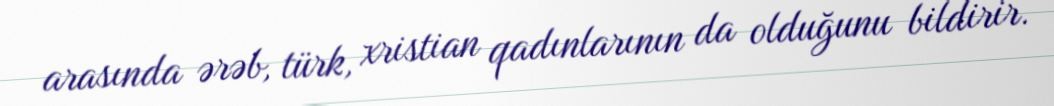
arasında ərəb, türk, xristian qadınlarının da olduğunu bildirir.